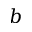
b